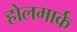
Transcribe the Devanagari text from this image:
होलमार्क